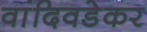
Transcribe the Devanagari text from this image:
वांदिवडेकर